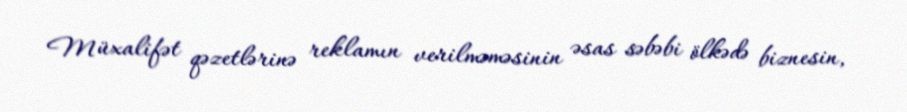
Müxalifət qəzetlərinə reklamın verilməməsinin əsas səbəbi ölkədə biznesin,